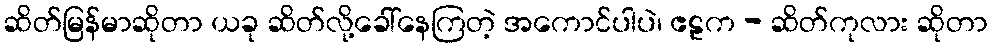
ဆိတ်မြန်မာဆိုတာ ယခု ဆိတ်လို့ခေါ်နေကြတဲ့ အကောင်ပါပဲ၊ ဧဠက - ဆိတ်ကုလား ဆိုတာ